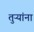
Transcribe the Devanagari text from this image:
तुऱ्यांना